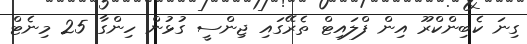
ގިނަ ކެބިންކްރޫ އިން ފްލައިޓް ތެރޭގައި ޖިންސީ ގުޅުން ހިންގާ 25 މިނެޓް